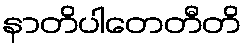
နာတိပါတေတီတိ